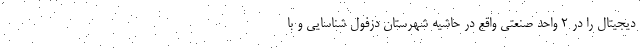
دیجیتال را در ۲ واحد صنعتی واقع در حاشیه شهرستان دزفول شناسایی و با